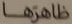
ظاهرها